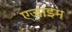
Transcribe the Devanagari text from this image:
एजाइम